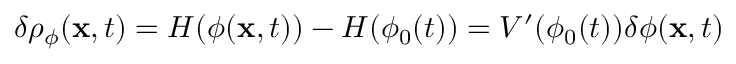
\delta \rho _ { \phi } ( { \bf x } , t ) = { \cal H } ( \phi ( { \bf x } , t ) ) - { \cal H } ( \phi _ { 0 } ( t ) ) = V ^ { \prime } ( \phi _ { 0 } ( t ) ) \delta \phi ( { \bf x } , t )